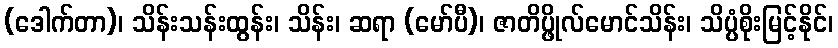
(ဒေါက်တာ)၊ သိန်းသန်းထွန်း၊ သိန်း၊ ဆရာ (မော်ပီ)၊ ဇာတိပ္ဖိုလ်မောင်သိန်း၊ သိပ္ပံစိုးမြင့်နိုင်၊